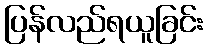
ပြန်လည်ရယူခြင်း